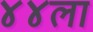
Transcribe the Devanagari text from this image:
४४ला